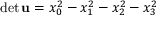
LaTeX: \operatorname* { d e t } \mathbf { u } = x _ { 0 } ^ { 2 } - x _ { 1 } ^ { 2 } - x _ { 2 } ^ { 2 } - x _ { 3 } ^ { 2 }